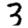
Digit: 3